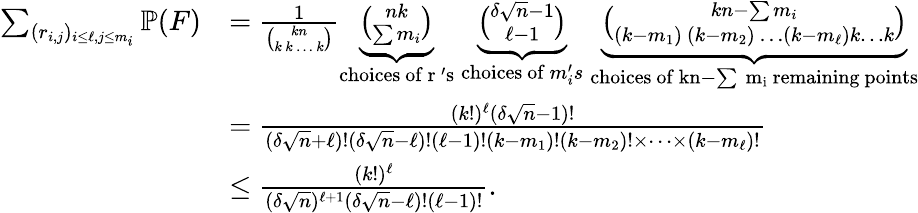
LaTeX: \begin{array}{rl}{\sum_{(r_{i,j})_{i\leq\ell,j\leq m_{i}}}\mathbb{P}(F)}&{=\frac{1}{\binom{kn}{k\ k\ \dots\ k}}\underbrace{\binom{nk}{\sum m_{i}}}_{\mathrm{choices~of~r~'s}}\ \underbrace{\binom{\delta\sqrt{n}-1}{\ell-1}}_{\mathrm{choices~of~}m_{i}^{\prime}s}\ \underbrace{\binom{kn-\sum m_{i}}{(k-m_{1})\ (k-m_{2})\ \dots(k-m_{\ell})k\dots k}}_{\mathrm{choices~of~kn-\sum~m_i~remaining~points}}}\\ &{=\frac{(k!)^{\ell}(\delta\sqrt{n}-1)!}{(\delta\sqrt{n}+\ell)!(\delta\sqrt{n}-\ell)!(\ell-1)!(k-m_{1})!(k-m_{2})!\times\dots\times(k-m_{\ell})!}}\\ &{\leq\frac{(k!)^{\ell}}{(\delta\sqrt{n})^{\ell+1}(\delta\sqrt{n}-\ell)!(\ell-1)!}.}\end{array}